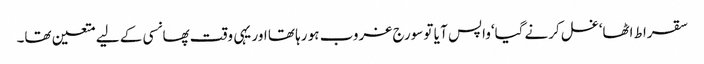
سقراط اٹھا‘غسل کرنے گیا‘واپس آ یا تو سورج غروب ہو رہا تھا اور یہی وقت پھانسی کے لیے متعین تھا۔